Civil Veterinary Dept. Assam report 1911-1927 - 1911-1927
Year: 1911
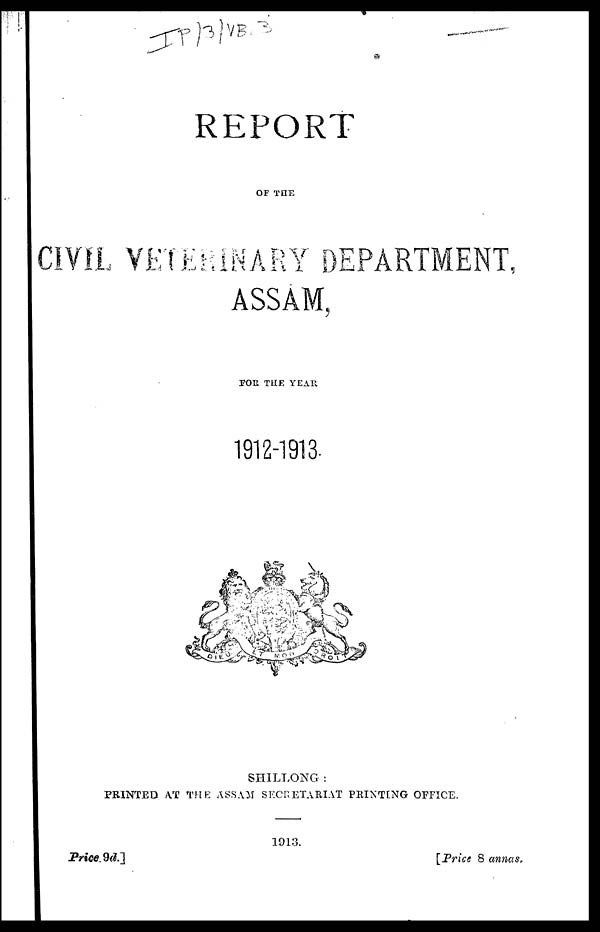
REPORT
OF THE
CIVIL VETERINARY DEPARTMENT,
ASSAM,
FOR THE YEAR
1912-1913.
SHILLONG:
PRINTED AT THE ASSAM SECRETARIAT PRINTING OFFICE.
1913.
Price
9d]
[Price 8 annas,